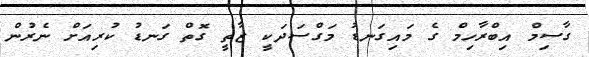
ގާސިމް އިބްރާހިމް ގެ މައިގަނޑު މަގްސަދަކީ ޒާތީ ގޮތް ގަނޑު ކުރިއަށް ނެރުން